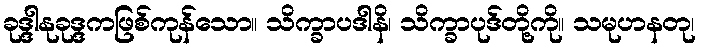
ခုဒ္ဒါနုခုဒ္ဒကဖြစ်ကုန်သော။ သိက္ခာပဒါနိ၊ သိက္ခာပုဒ်တို့ကို။ သမုဟနတု၊